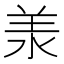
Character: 𣴎